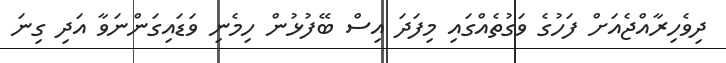
ދިވެހިރާއްޖެއަށް ފަހުގެ ވަގުތެއްގައި މިފަދަ އިސް ބޭފުޅުން ހިމެނި ވަޑައިގަންނަވާ އަދި ގިނަ